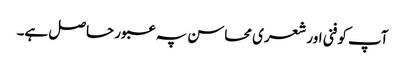
آپ کو فنی اور شعری محاسن پہ عبور حاصل ہے۔